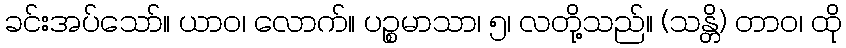
ခင်းအပ်သော်။ ယာဝ၊ လောက်။ ပဉ္စမာသာ၊ ၅၊ လတို့သည်။ (သန္တိ) တာဝ၊ ထို